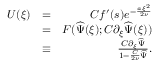
\begin{array} { r l r } { U ( \xi ) } & { = } & { C f ^ { \prime } ( s ) e ^ { - \frac { a \xi ^ { 2 } } { 2 \nu } } } \\ & { = } & { F ( \widehat { \Psi } ( \xi ) ; C \partial _ { \xi } \widehat { \Psi } ( \xi ) ) } \\ & { \equiv } & { \frac { C \partial _ { \xi } \widehat { \Psi } } { 1 - \frac { C } { 2 \nu } \widehat { \Psi } } . } \end{array}